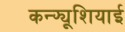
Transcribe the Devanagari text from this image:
कन्फ्यूशियाई